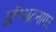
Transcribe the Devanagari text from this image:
डॉ॰भटनागर